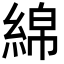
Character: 綿